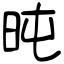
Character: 旽